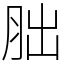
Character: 胐